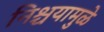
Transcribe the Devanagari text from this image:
निश्चयामुळे